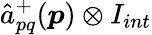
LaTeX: {\hat{a}}_{pq}^{+}(\boldsymbol{p})\otimes I_{int}